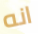
انه